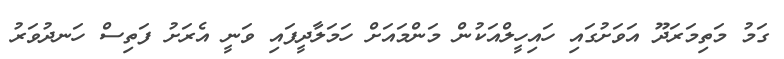
ގަމު މަތިމަރަދޫ އަވަށުގައި ހައިހީލްއަކުން މަންމައަށް ހަމަލާދީފައި ވަނީ އެރަށު ފަތިސް ހަނދުވަރު